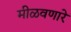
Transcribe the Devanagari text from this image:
मीळवणारे